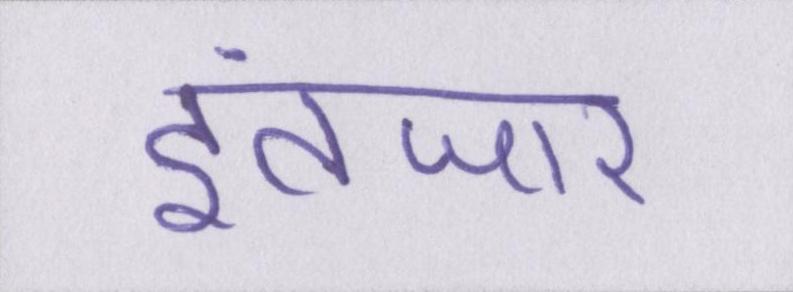
इंतजार